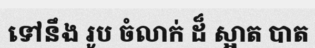
ទៅនឹង រូប ចំលាក់ ដ៏ ស្អាត បាត